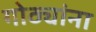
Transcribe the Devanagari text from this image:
गोठ्यांना